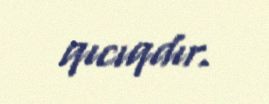
qıcıqdır.